Leaving Certificate Examination, 1918, 1918
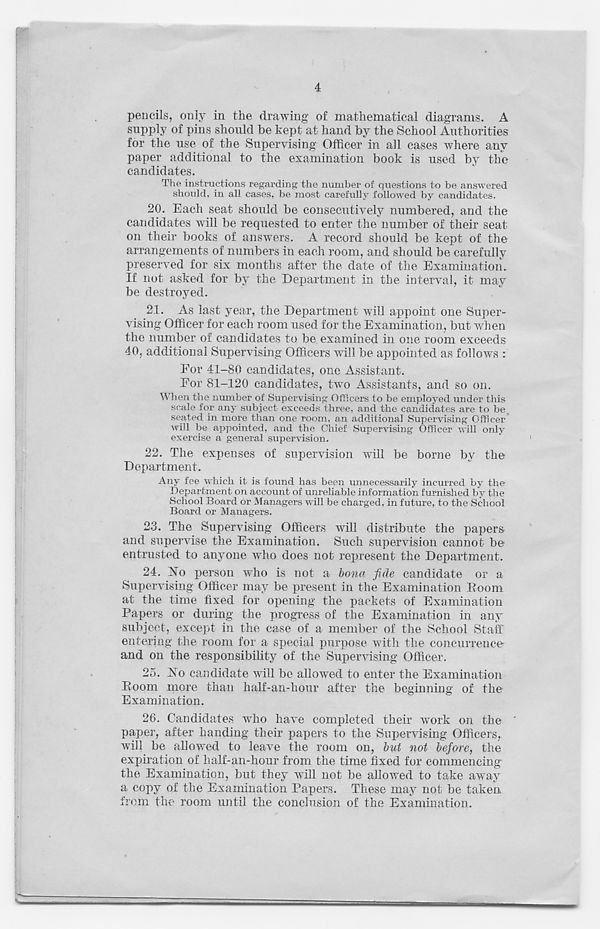
4
pencils, only in the drawing of mathematical diagrams. A
supply of pins shoirld be kept at hand by the School Authorities
for the use of the Supervising Officer in all cases where any
paper additional to the examination book is used by the
candidates.
The instructions regarding the number of questions to be answered
should, in all cases, be most carefully followed by candidates.
20. Each seat should be consecutively numbered, and the
candidates will be requested to enter the number of their seat
on their books of answers. A record should be kept of the
arrangements of numbers in each room, and should be carefully
preserved for six months after the date of the Examination.
If not asked for by the Department in the interval, it may
be destroyed.
21. As last year, the Department will appoint one Super-
vising Officer for each room used for the Examination, but when
the number of candidates to be examined in one room exceeds
40, additional Supervising Officers will be appointed as follows :
For 41-80 candidates, one Assistant.
For 81-120 candidates, two Assistants, and so on.
When the number of Supervising Officers to be employed under this
scale for any subject exceeds three, and the candidates are to be
seated in more than one room, an additional Supervising Officer
will be appointed, and the Chief Supervising Officer will only
exercise a general supervision.
22. The expenses of supervision will be borne by the
Department.
Any fee which it is found has been unnecessarily incurred by the
Department on account of unreliable information furnished by the
School Board or Managers will be charged, in future, to the School
Board or Managers.
23. The Supervising Officers will distribute the papers
and supervise the Examination. Such supervision cannot be
entrusted to anyone who does not represent the Department.
24. No person who is not a bona fide candidate or a
Supervising Officer may be present in the Examination Room
at the time fixed for opening the packets of Examination
Papers or during the progress of the Examination in any
subject, except in the case of a member of the School Staff
entering the room for a special purpose with the concurrence
and on the responsibility of the Supervising Officer.
25. No candidate will be allowed to enter the Examination
Room more than half-an-hour after the beginning of the
Examination.
26. Candidates who have completed their work on the '
paper, after handing their papers to the Supervising Officers,
will be allowed to leave the room on, but not before, the
expiration of half-an-hour from the time fixed for commencing
the Examination, but they will not be allowed to take away
a copy of the Examination Papers. These may not be taken
from the room until the conclusion of the Examination.